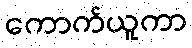
ကောက်ယူကာ